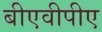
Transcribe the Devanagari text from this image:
बीएवीपीए